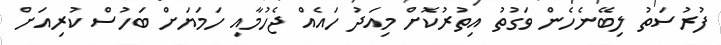
ފުރުސަތު ލިބޭނެހެން ވަގުތު އިތުރުކޮށް މިއަދު ހައެއް ޖެހުމާއި ހަމަޔަށް ބަހުސް ކުރިއަށް